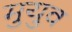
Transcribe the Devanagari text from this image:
मुयुव